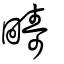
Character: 疇